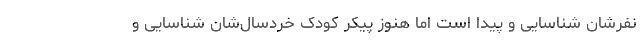
نفرشان شناسایی و پیدا است اما هنوز پیکر کودک خردسال‌شان شناسایی و